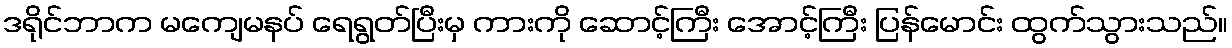
ဒရိုင်ဘာက မကျေမနပ် ရေရွတ်ပြီးမှ ကားကို ဆောင့်ကြီး အောင့်ကြီး ပြန်မောင်း ထွက်သွားသည်။